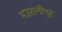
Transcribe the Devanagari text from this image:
मउरानीपुर